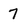
Character: 7